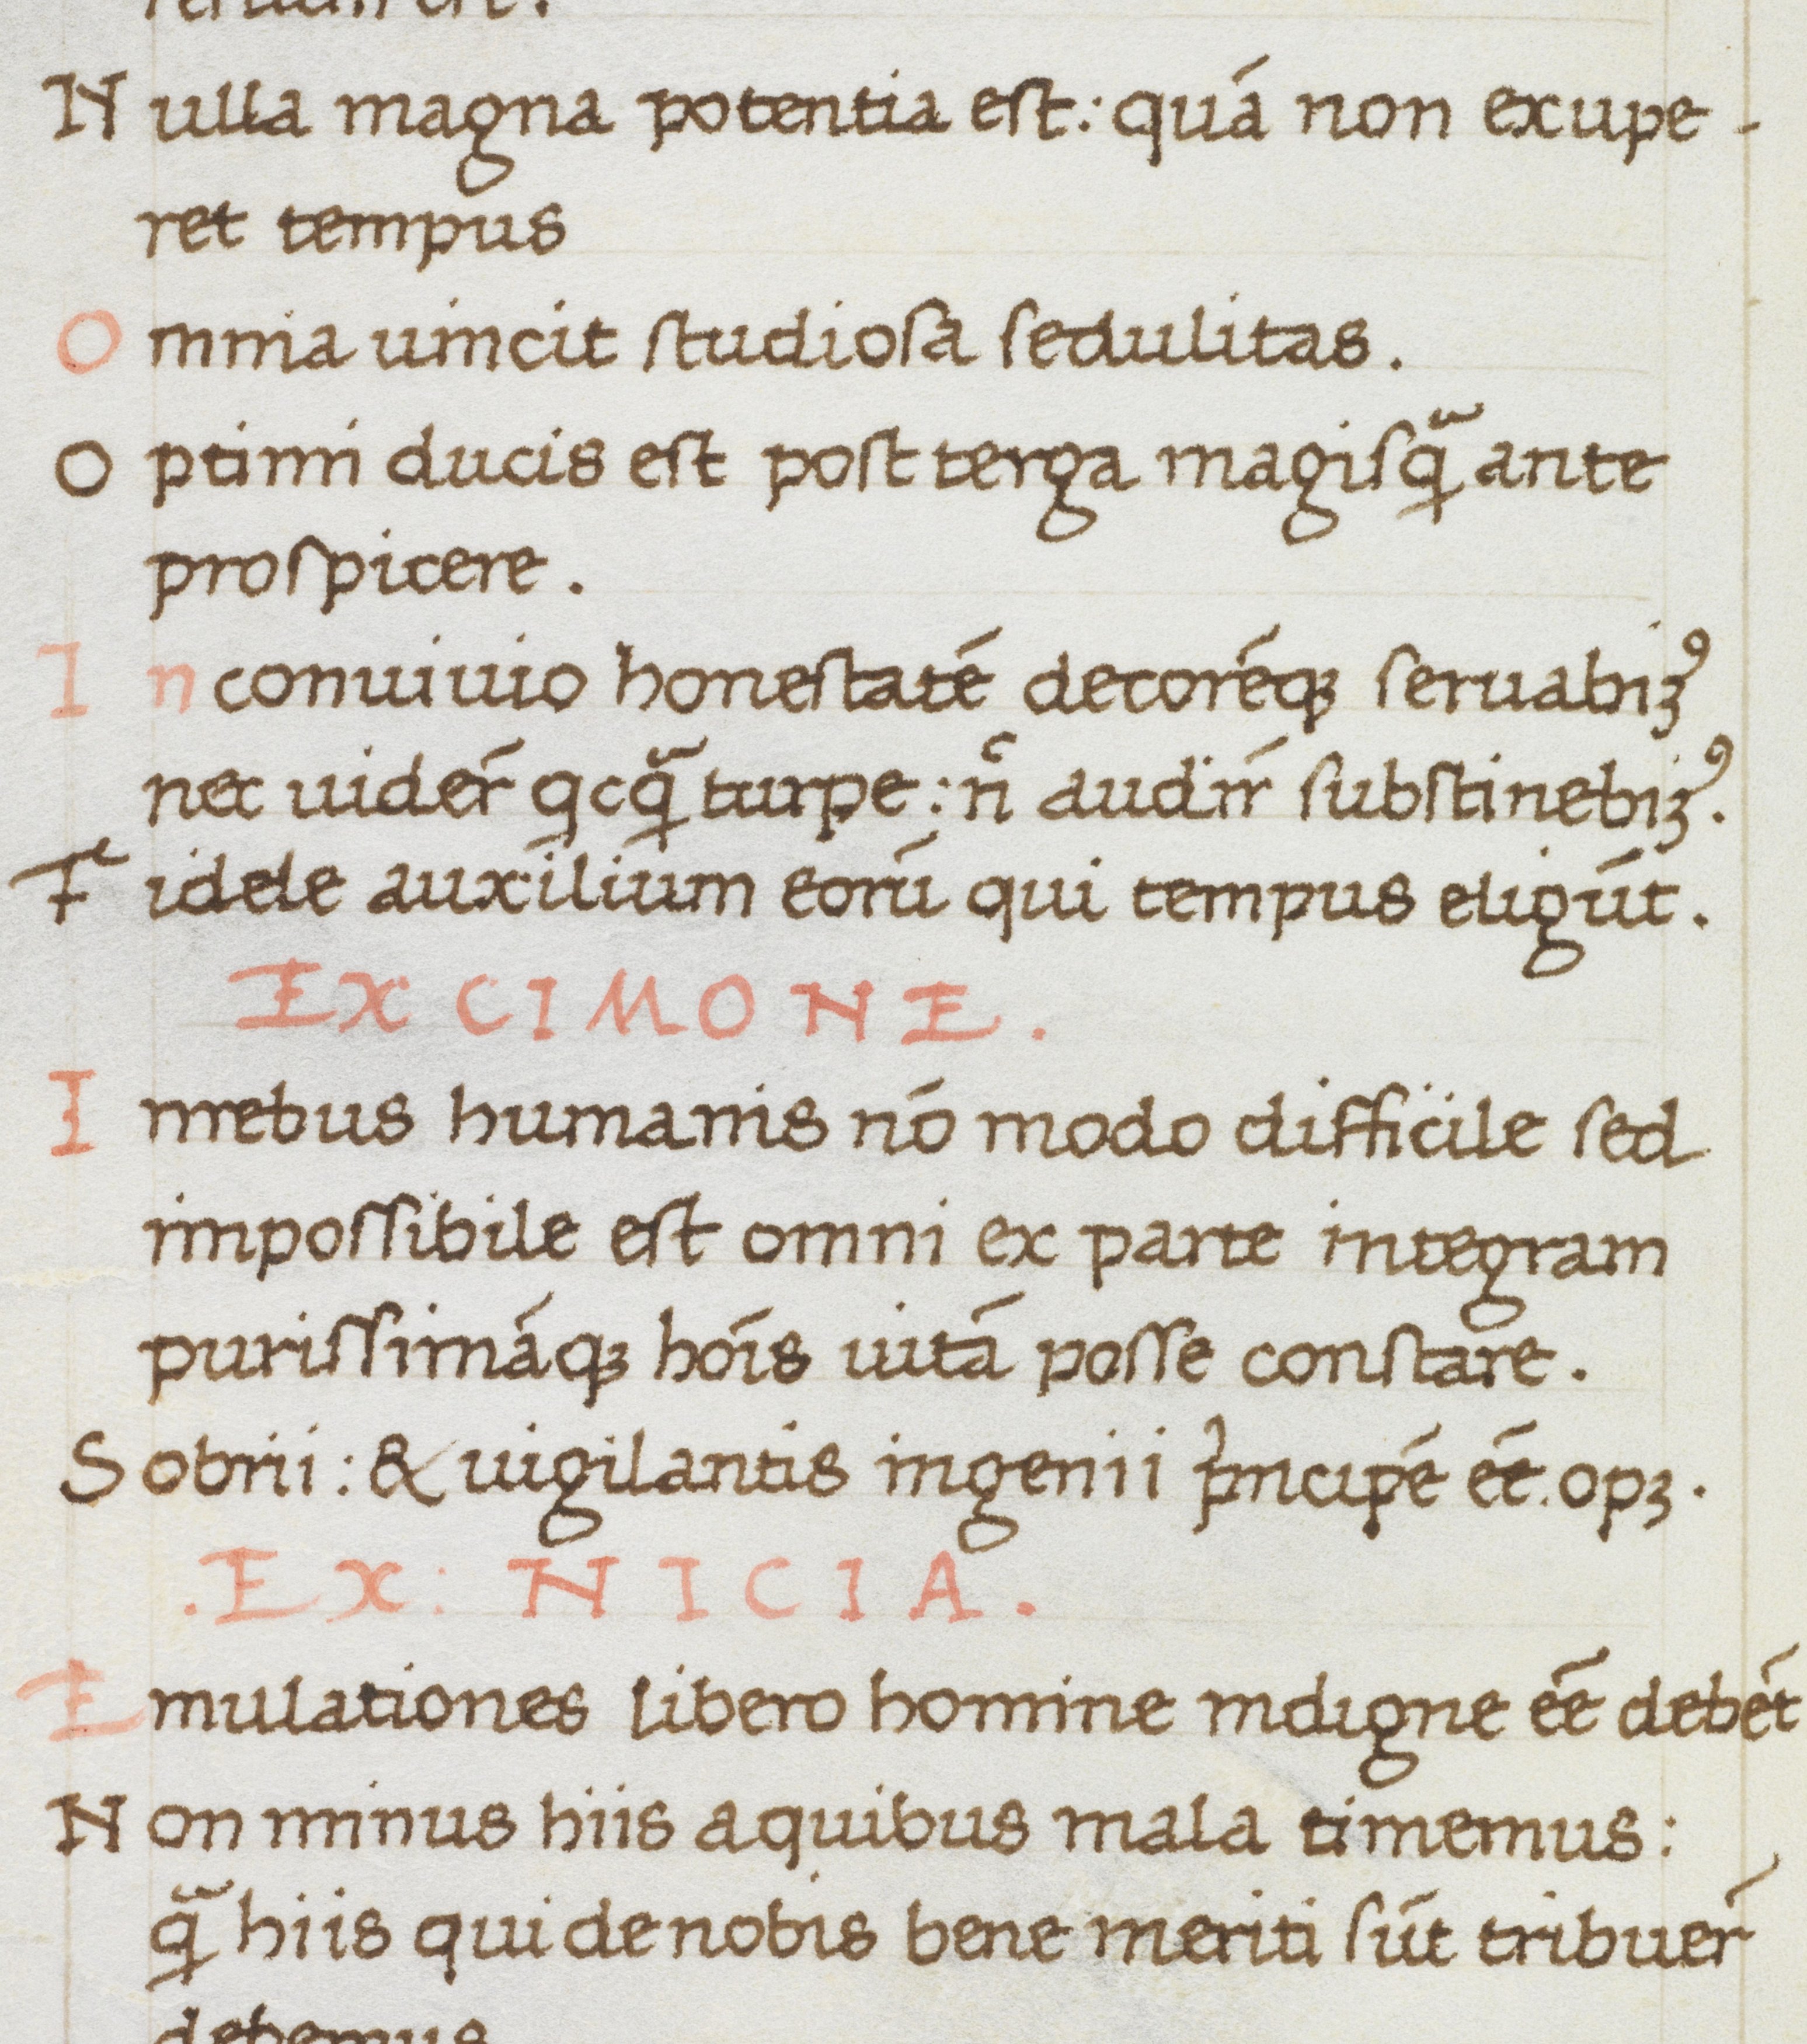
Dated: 1475–1499